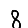
Digit: 8